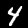
Label: 4